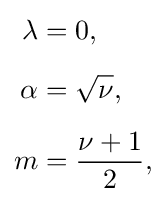
{\begin{aligned}\lambda &=0,\\[5pt]\alpha &={\sqrt {\nu }},\\[5pt]m&={\frac {\nu +1}{2}},\end{aligned}}